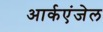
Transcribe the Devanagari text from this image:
आर्कएंजेल